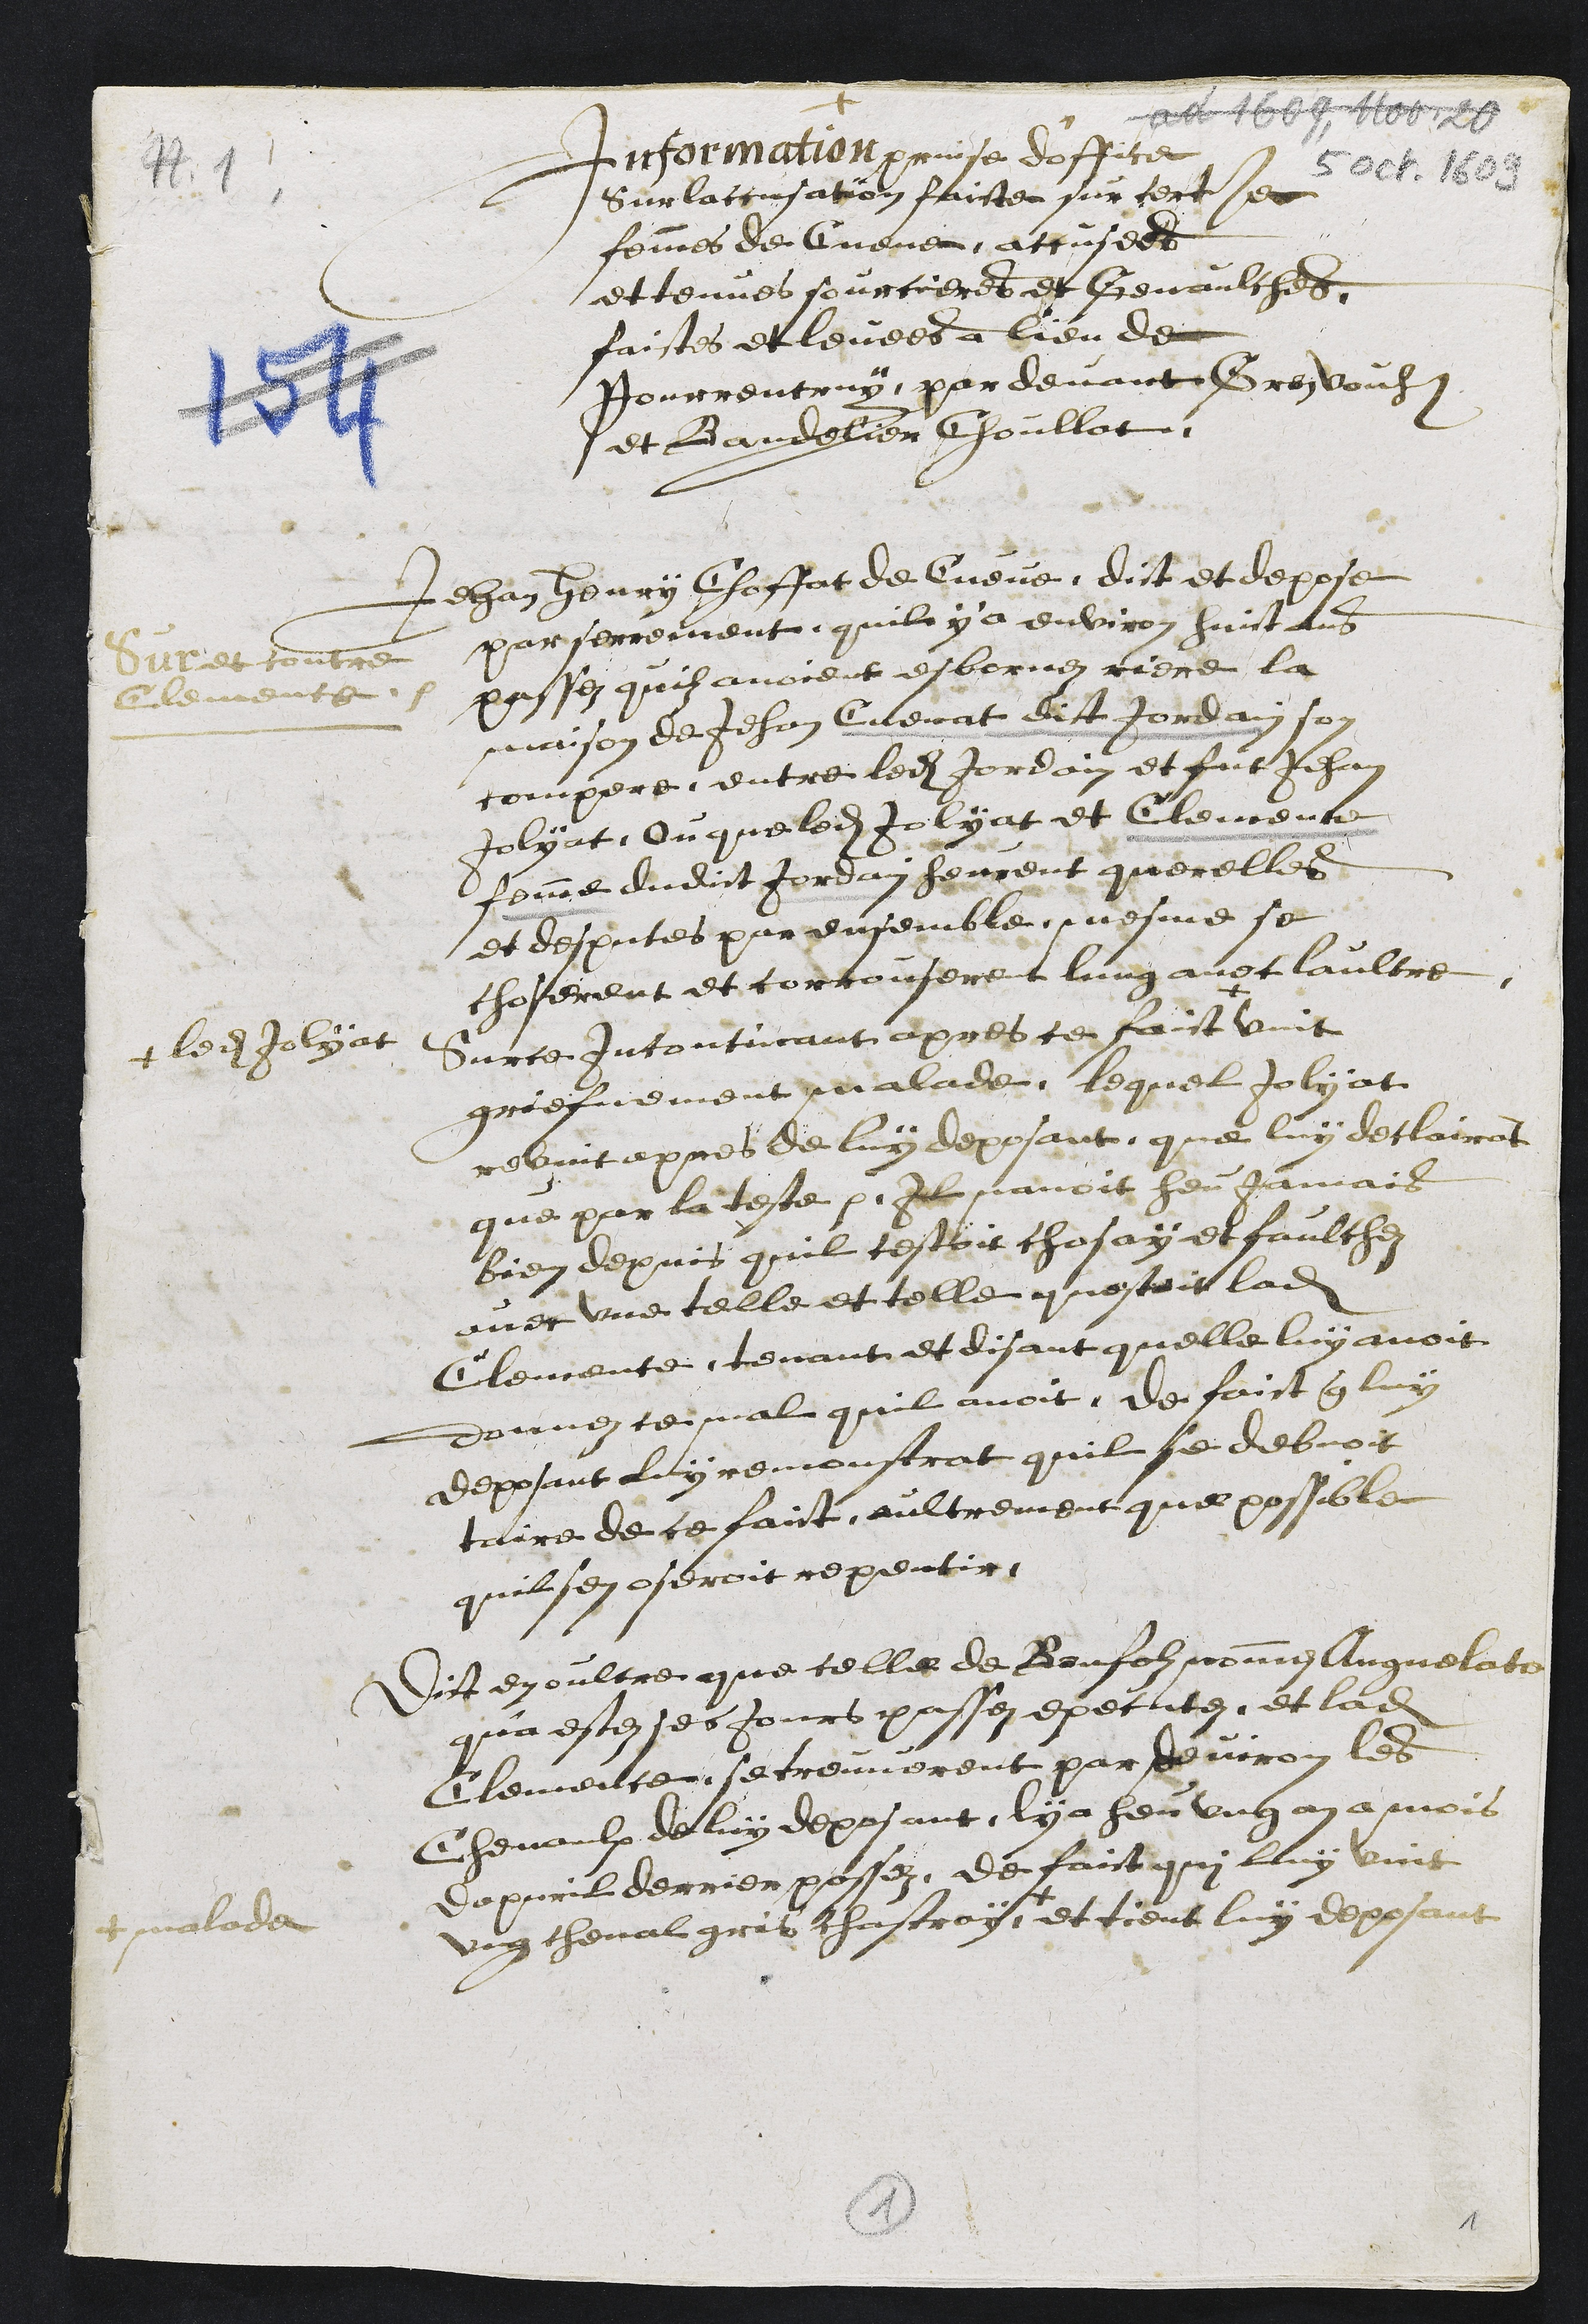
5 oct. 1609
+
Information prinse d'office
Sur laccusation faicte sur certe
femmes de Cueve accusees
et tenues sourcieres et Genaulches
faistes et levees a lieu de
Pourrentruy par devant Gros Vouheble
et Bandelier Choullat.
Sur et contre
Clemente.
Jehan Henry Choffat de Cueve dict et depose
par serrement, quil y a environ huict ans
passez quilz avoient esbornez riere la
maison de Jehan Cuenat dict Jordain son
compere entre ledit Jordain et fut Jehan
Jolyat, Ou que ledit Jolyat et Clemence
femme dudit Jordain heurent querelles
et desputes par ensemble mesme se
choserent et corrouserent lung avec laultre.
Sur ce incontinant apres ce faict +
+ ledit Jolyat
vint
griefvement malade, lequel Jolyat
revint apres de luy deposant, que luy declairat
que par la teste p Il navoit heu jamais
bien depuis quil cestoit chosay et faulchez
avec une telle et telle questoit ladite
Clemence, tenant et disant quelle luy avoit
donnez ce mal quil avoit, de faict que luy
deposant luy remonstrat quil se debvoit
taire de ce faict, aultrement que possible
quil sen oseroit repentir
Dit en oultre que celle de Bonfolz nommei Angnelate
qua estez ses jours passez executez et ladite
Clemence se treuverent par deviron les
Chevaulx de luy deposant, ly a heu ung an a mois
dapvril derrier passez, de faict qui luy vint
ung cheval gris chastray +
+ malade
et tient luy deposant
1
1